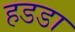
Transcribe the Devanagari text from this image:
हडडा